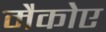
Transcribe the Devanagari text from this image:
मैकोए